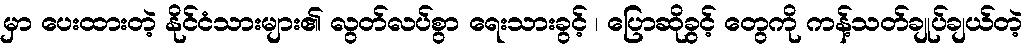
မှာ ပေးထားတဲ့ နိုင်ငံသားများ၏ လွတ်လပ်စွာ ရေးသားခွင့် ၊ ပြောဆိုခွင့် တွေကို ကန့်သတ်ချုပ်ချယ်တဲ့